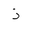
Letter: _thal